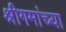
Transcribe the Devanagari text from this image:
श्रीगमांच्या